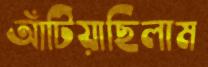
আঁটিয়াছিলাম